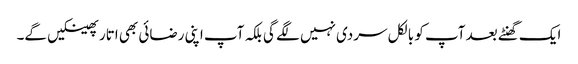
ایک گھنٹے بعد آپ کو بالکل سردی نہیں لگے گی بلکہ آپ اپنی رضائی بھی اتار پھینکیں گے۔